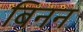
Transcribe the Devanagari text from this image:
बिनन